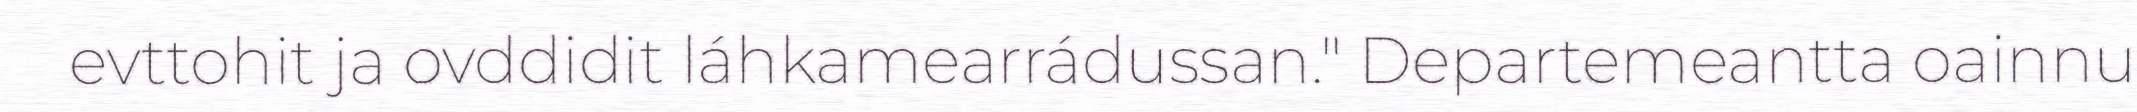
evttohit ja ovddidit láhkamearrádussan." Departemeantta oainnu